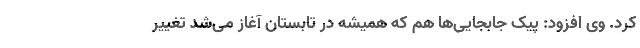
کرد. وی افزود: پیک جابجایی‌ها هم که همیشه در تابستان آغاز می‌شد تغییر